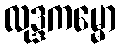
လုဒ္ဒကမ္မော